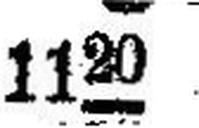
● 1120